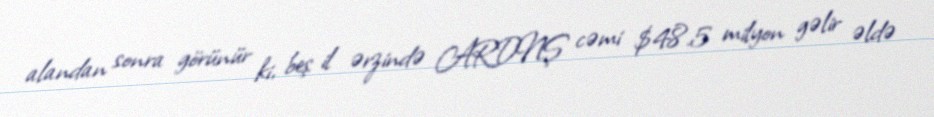
alandan sonra görünür ki, beş il ərzində ARDNŞ cəmi $48.5 milyon gəlir əldə